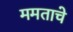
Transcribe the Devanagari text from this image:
ममताचे